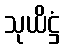
သုယိဋ္ဌံ